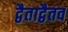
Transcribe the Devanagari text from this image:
द्वैताद्वैतव